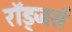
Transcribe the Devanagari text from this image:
रॉड्जर्स